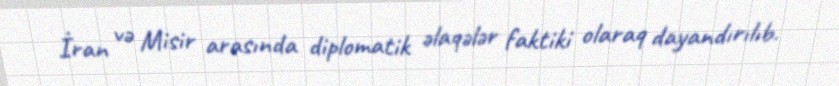
İran və Misir arasında diplomatik əlaqələr faktiki olaraq dayandırılıb.